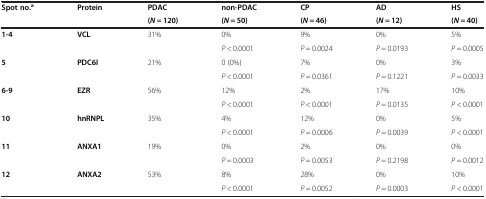
| Spot no.a | Protein | PDAC | non-PDAC | CP | AD | HS |
 |  |  | (N = 120) | (N = 50) | (N = 46) | (N = 12) | (N = 40) |
 | --- | --- | --- | --- | --- | --- | --- |
 | 1-4 | VCL | 31% | 0% | 9% | 0% | 5% |
 |  |  |  | P < 0.0001 | P = 0.0024 | P = 0.0193 | P = 0.0005 |
 | 5 | PDC6I | 21% | 0 (0%) | 7% | 0% | 3% |
 |  |  |  | P < 0.0001 | P = 0.0361 | P = 0.1221 | P = 0.0033 |
 | 6-9 | EZR | 56% | 12% | 2% | 17% | 10% |
 |  |  |  | P < 0.0001 | P < 0.0001 | P = 0.0135 | P < 0.0001 |
 | 10 | hnRNPL | 35% | 4% | 12% | 0% | 5% |
 |  |  |  | P < 0.0001 | P = 0.0006 | P = 0.0039 | P < 0.0001 |
 | 11 | ANXA1 | 19% | 0% | 2% | 0% | 0% |
 |  |  |  | P = 0.0003 | P = 0.0053 | P = 0.2198 | P = 0.0012 |
 | 12 | ANXA2 | 53% | 8% | 28% | 0% | 10% |
 |  |  |  | P < 0.0001 | P = 0.0052 | P = 0.0003 | P < 0.0001 |